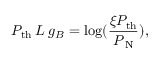
P _ { \mathrm { t h } } \: L \: g _ { B } = \log ( \frac { \xi P _ { \mathrm { t h } } } { P _ { \tiny \mathrm { \: N } } } ) ,